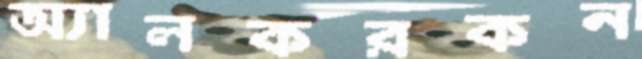
অ্যালকরকন